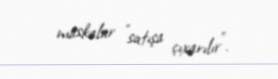
maskalar "satışa çıxarılır".